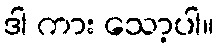
ဒါ ကား သော့ပါ။